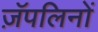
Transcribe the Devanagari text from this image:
ज़ॅपलिनों